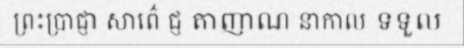
ព្រះប្រាជ្ញា សាព៌េ ជ្ញ តាញាណ នាកាល ទទួល